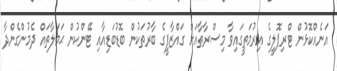
އަނެއްކޮޅުން ޓްރިޕޮލީގެ އިރުމަތީގައިވާ މިސްރާތާއަށް ގައްޒާފީގެ ބާރުތަކުން ބޮޑުބަޑިއާއި ޓޭންކުން ޙަމަލާތައް ދެމުންގެންދާ